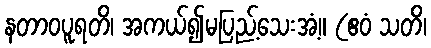
နတာဝပူရတိ၊ အကယ်၍မပြည့်သေးအံ့။ (ဧဝံ သတိ၊